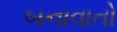
બનાવાતો